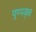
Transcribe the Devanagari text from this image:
पुष्पवृक्ष